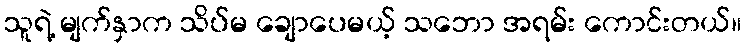
သူရဲ့ မျက်နှာက သိပ်မ ချောပေမယ့် သဘော အရမ်း ကောင်းတယ်။